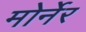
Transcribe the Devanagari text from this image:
मोर्नेर